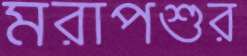
মরাপশুর